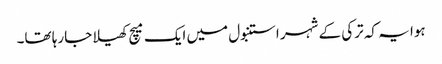
ہوا یہ کہ ترکی کے شہر استنبول میں ایک میچ کھیلا جارہا تھا۔